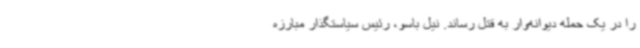
را در یک حمله دیوانه‌وار به قتل رساند. نیل باسو، رئیس سیاستگذار مبارزه